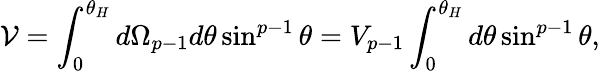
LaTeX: {\cal V}=\int_{0}^{\theta_{H}}d\Omega_{p-1}d\theta\sin^{p-1}\theta=V_{p-1}\int_{0}^{\theta_{H}}d\theta\sin^{p-1}\theta,